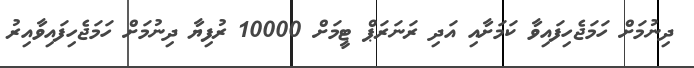
ދިނުމަށް ހަމަޖެހިފައިވާ ކަމަށާއި އަދި ރަނަރަޕް ޓީމަށް 10000 ރުފިޔާ ދިނުމަށް ހަމަޖެހިފައިވާއިރު